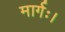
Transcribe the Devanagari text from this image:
मार्गः।